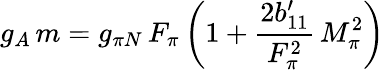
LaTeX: g_{A}\, m=g_{\pi N}\, F_{\pi}\, \biggl(1+\frac{2b_{11}^{\prime}}{F_{\pi}^{2}}\, M_{\pi}^{2}\biggr)